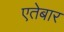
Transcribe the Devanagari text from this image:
एतेबार